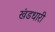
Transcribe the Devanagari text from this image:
खंडधारी